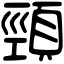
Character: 頸